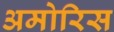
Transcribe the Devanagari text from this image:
अमोरिस